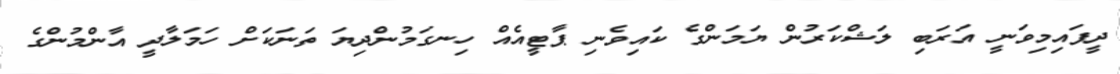
ދީފައިމިވަނީ އަރަބި ލަޝްކަރުން ޔަމަންގެ ކައިވެނި ޕާޓީއެއް ހިނގަމުންދިޔަ ތަނަކަށް ހަމަލާދީ އާންމުންގެ